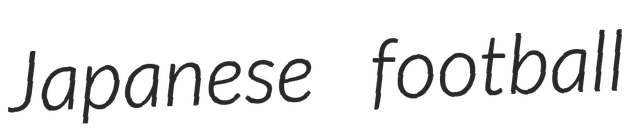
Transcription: Japanese football